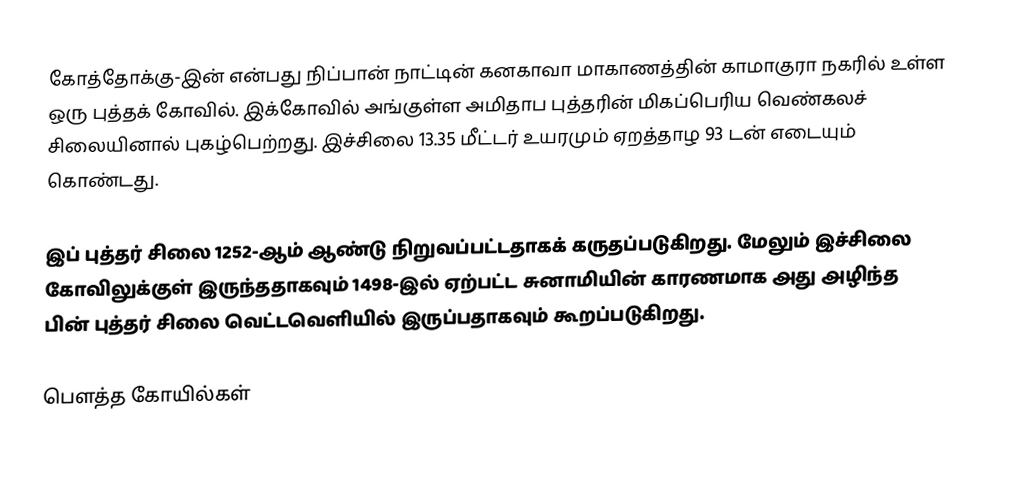
கோத்தோக்கு-இன் என்பது நிப்பான் நாட்டின் கனகாவா மாகாணத்தின் காமாகுரா நகரில் உள்ள ஒரு புத்தக் கோவில். இக்கோவில் அங்குள்ள அமிதாப புத்தரின் மிகப்பெரிய வெண்கலச் சிலையினால் புகழ்பெற்றது. இச்சிலை 13.35 மீட்டர் உயரமும் ஏறத்தாழ 93 டன் எடையும் கொண்டது.

இப் புத்தர் சிலை 1252-ஆம் ஆண்டு நிறுவப்பட்டதாகக் கருதப்படுகிறது. மேலும் இச்சிலை கோவிலுக்குள் இருந்ததாகவும் 1498-இல் ஏற்பட்ட சுனாமியின் காரணமாக அது அழிந்த பின் புத்தர் சிலை வெட்டவெளியில் இருப்பதாகவும் கூறப்படுகிறது.

பௌத்த கோயில்கள்